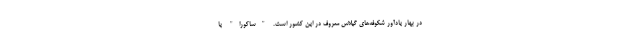
در بهار یادآور شکوفه‌های گیلاس معروف در این کشور است. "ساکورا" یا